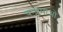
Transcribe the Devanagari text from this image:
चन्द्रमाओ